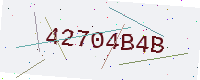
Text: 42704B4B